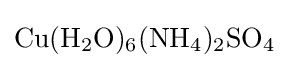
{\ce {Cu(H2O)6(NH4)2SO4}}